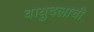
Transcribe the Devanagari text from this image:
वायुदलाची